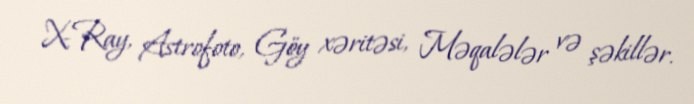
X-Ray, Astrofoto, Göy xəritəsi, Məqalələr və şəkillər.